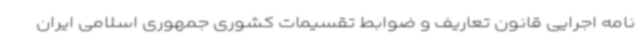
نامه اجرایی قانون تعاریف و ضوابط تقسیمات کشوری جمهوری اسلامی ایران